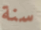
سنة